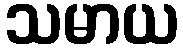
သမာယ